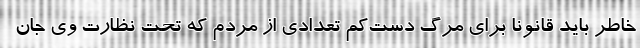
خاطر باید قانونا برای مرگ دست‌کم تعدادی از مردم که تحت نظارت وی جان